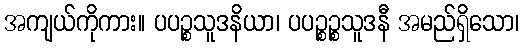
အကျယ်ကိုကား။ ပပဉ္စသူဒနိယာ၊ ပပဉ္စဉ္စသူဒနီ အမည်ရှိသော၊